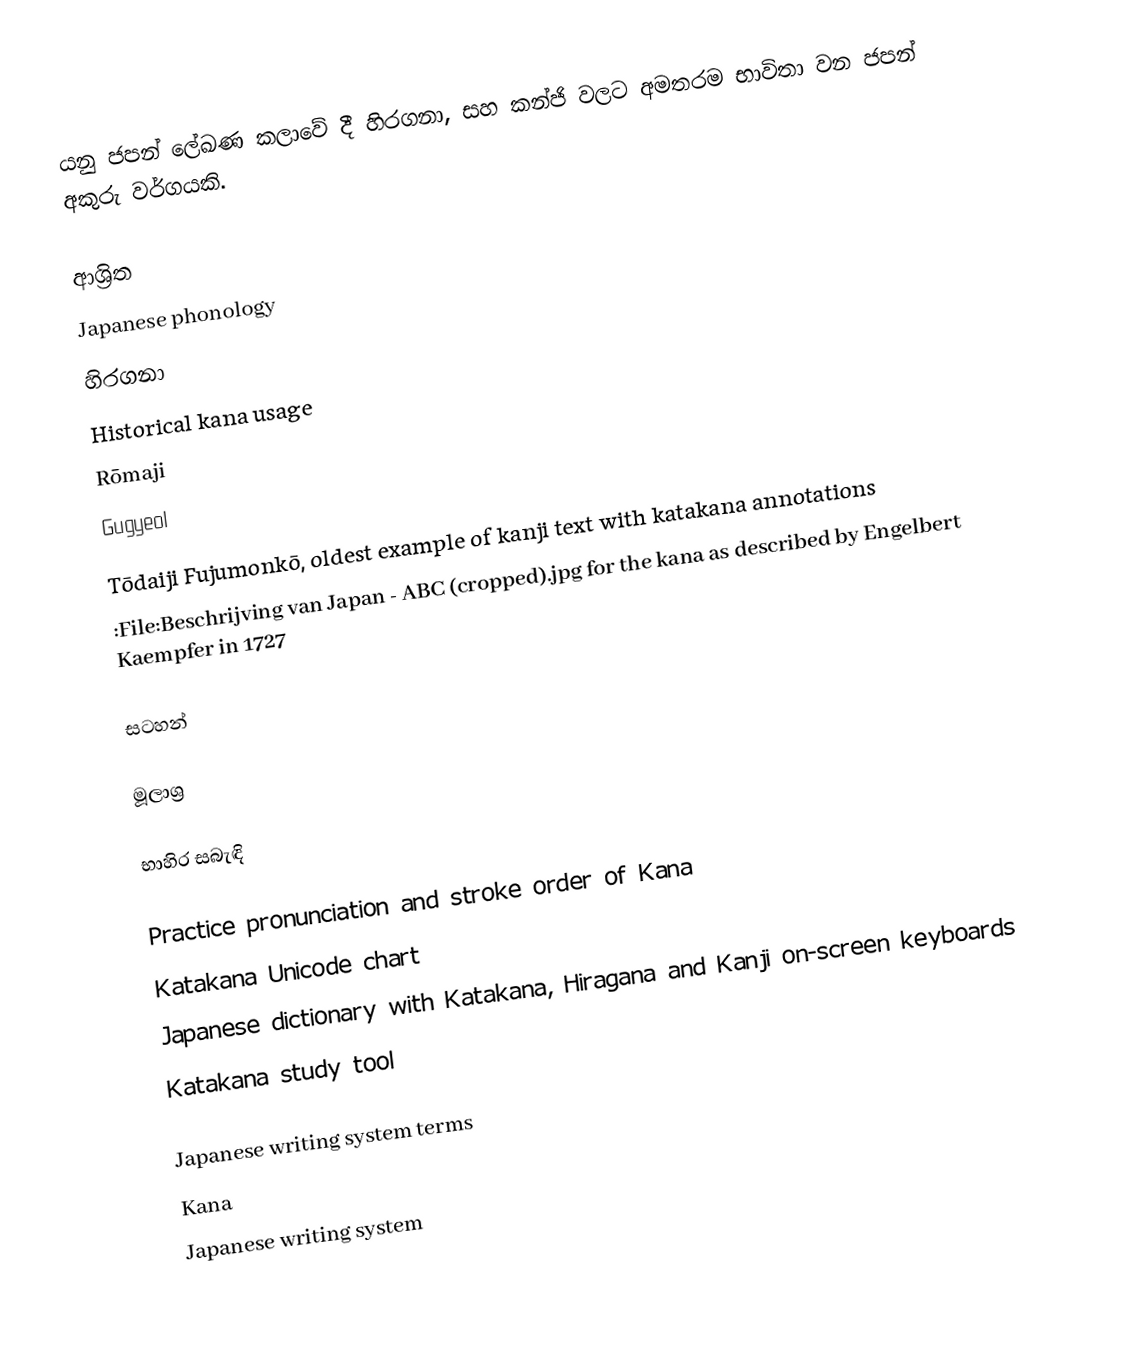
යනු ජපන් ලේඛණ කලාවේ දී හිරගනා, සහ කන්ජි වලට අමතරම භාවිතා වන ජපන් අකුරු වර්ගයකි.

ආශ්‍රිත
 Japanese phonology
 හිරගනා
 Historical kana usage
 Rōmaji
 Gugyeol
 Tōdaiji Fujumonkō, oldest example of kanji text with katakana annotations
 :File:Beschrijving van Japan - ABC (cropped).jpg for the kana as described by Engelbert Kaempfer in 1727

සටහන්

මූලාශ්‍ර

භාහිර සබැඳි

 Practice pronunciation and stroke order of Kana
 Katakana Unicode chart
 Japanese dictionary with Katakana, Hiragana and Kanji on-screen keyboards
 Katakana study tool

Japanese writing system terms
Kana
Japanese writing system